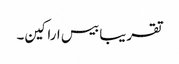
تقریبا بیس اراکین۔